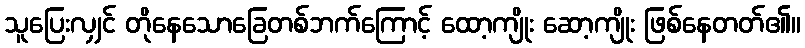
သူပြေးလျှင် တိုနေသောခြေတစ်ဘက်ကြောင့် ထော့ကျိုး ဆော့ကျိုး ဖြစ်နေတတ်၏။